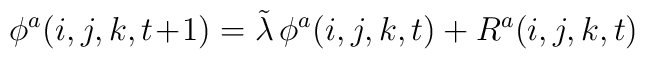
\phi^{a}(i,j,k,t\!+\!1) = \tilde{\lambda}\, \phi^{a}(i,j,k,t) +  R^{a}(i,j,k,t)